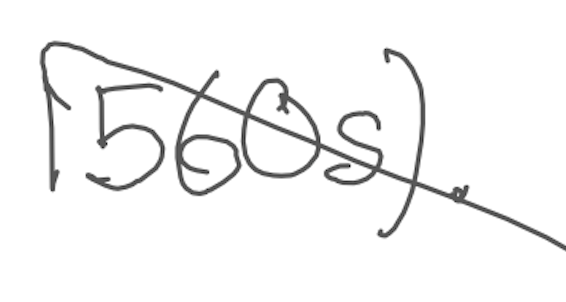
Text: 1560s).
Cross-out: mix
Writing tool: digital_gray